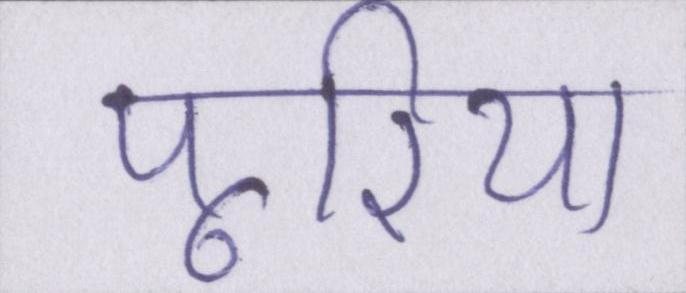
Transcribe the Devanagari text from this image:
पूरिया